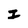
Character: I